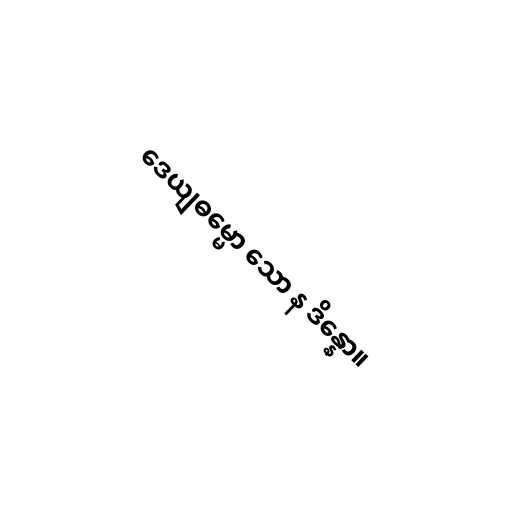
ဒေယျဓမ္မော သော န ဒိန္နော။